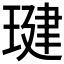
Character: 𤧣